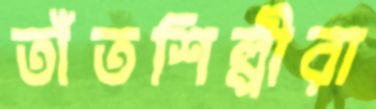
তাঁতশিল্পীরা